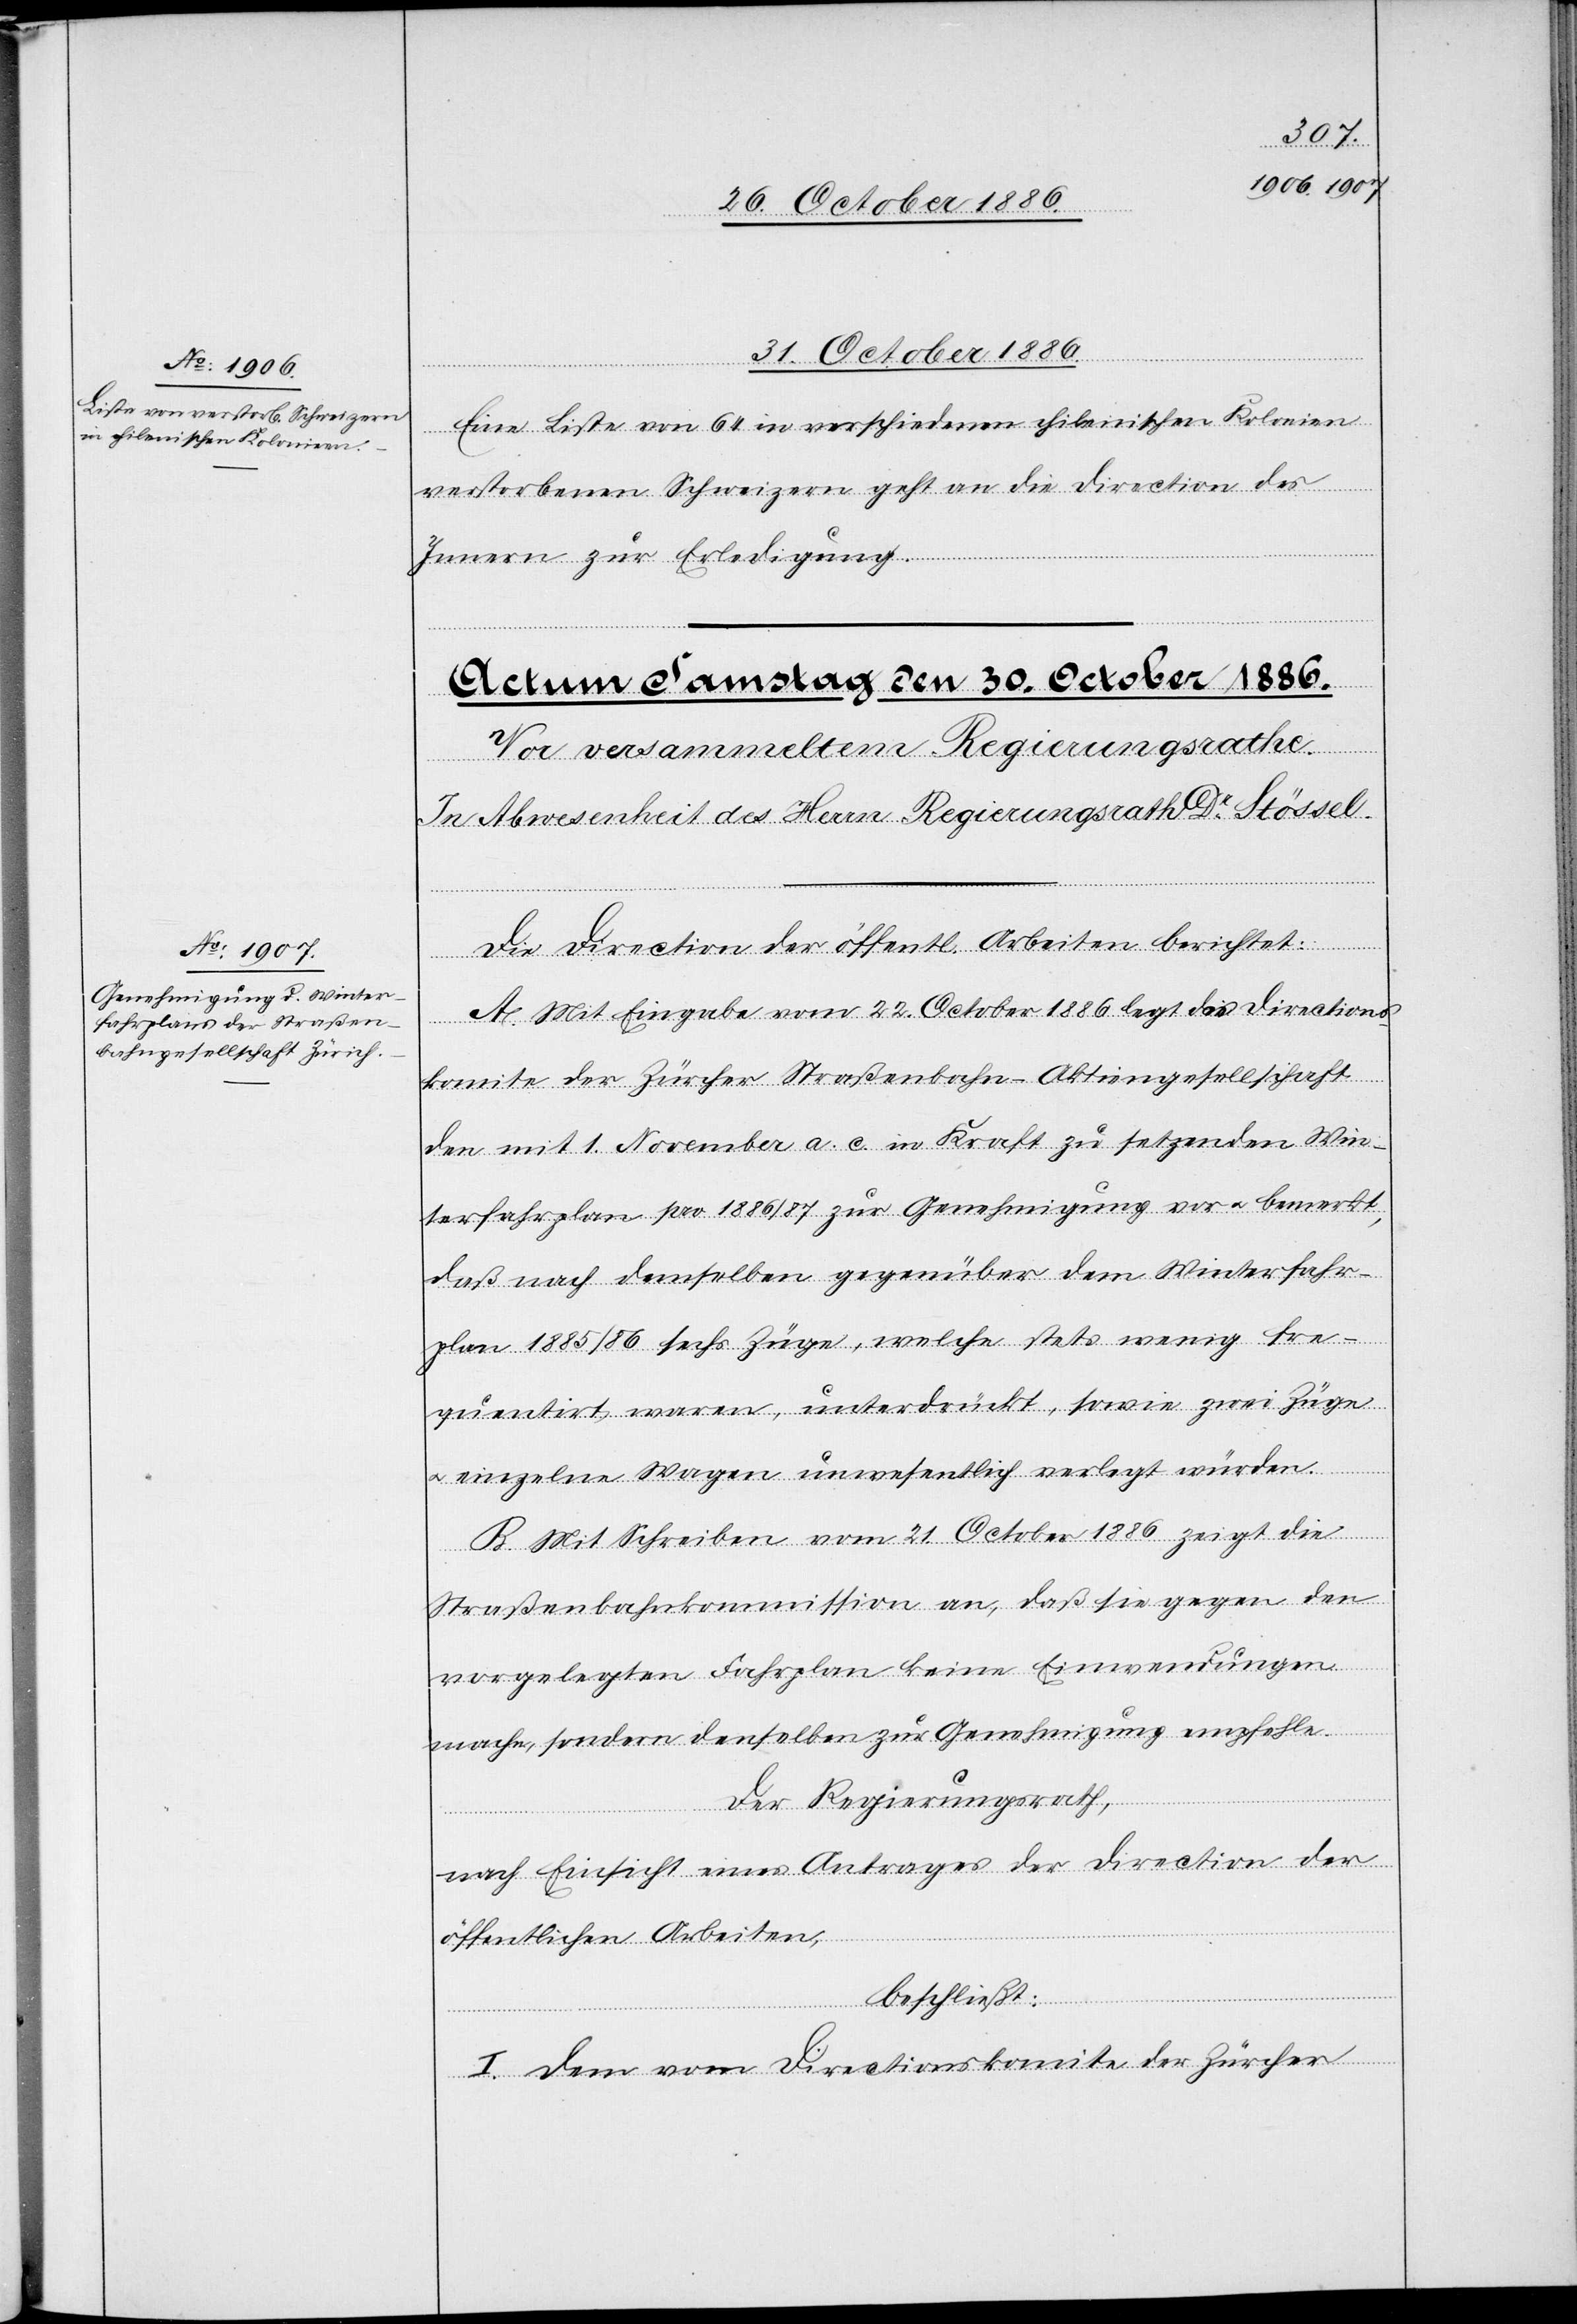
31. October 1886.
Eine Liste von 64 in verschiedenen chilenischen Kolonien
verstorbenen Schweizern geht an die Direction des
Innern zur Erledigung.
Die Direction der öffentl. Arbeiten berichtet:
A. Mit Eingabe vom 22. October 1886 legt das Directions¬
komite der Zürcher Straßenbahn-Aktiengesellschaft
den mit 1. November a. c. in Kraft zu setzenden Win¬
terfahrplan pro 1886/87 zur Genehmigung vor & bemerkt,
daß nach demselben gegenüber dem Winterfahr¬
plan 1885/86 sechs Züge, welche stets wenig fre¬
quentirt waren, unterdrückt, sowie zwei Züge
einzelne Wagen unwesentlich verlegt würden.
B. Mit Schreiben vom 21. October 1886 zeigt die
Straßenbahnkommission an, daß sie gegen den
vorgelegten Fahrplan keine Einwendungen
mache, sondern denselben zur Genehmigung empfehle.
Der Regierungsrath,
nach Einsicht eines Antrages der Direction der
öffentlichen Arbeiten,
beschließt:
I. Dem vom Directionskomite der Zürcher